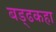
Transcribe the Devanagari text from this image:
बड्ढकहा